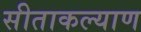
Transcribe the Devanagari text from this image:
सीताकल्याण